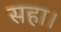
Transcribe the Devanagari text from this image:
सहा।